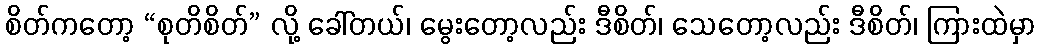
စိတ်ကတော့ “စုတိစိတ်” လို့ ခေါ်တယ်၊ မွေးတော့လည်း ဒီစိတ်၊ သေတော့လည်း ဒီစိတ်၊ ကြားထဲမှာ